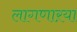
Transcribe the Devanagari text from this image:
लागणाऱया